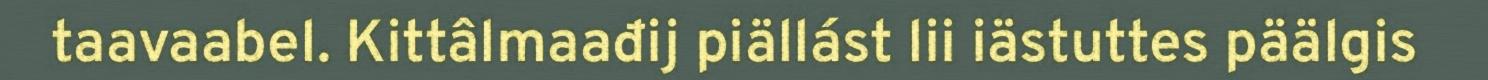
taavaabel. Kittâlmaađij piällást lii iästuttes päälgis